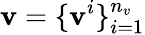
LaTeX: \mathbf{v}=\{ \mathbf{v}^{i}\} _{i=1}^{n_{v}}